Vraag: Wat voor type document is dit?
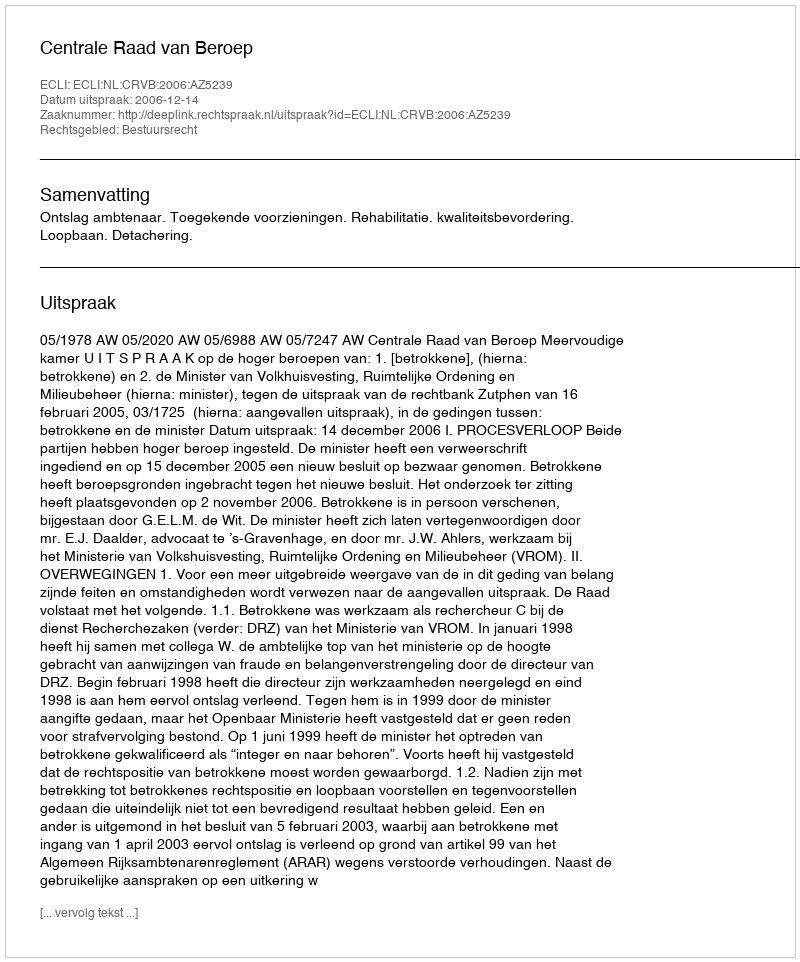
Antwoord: Uitspraak